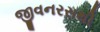
જીવનરસથી